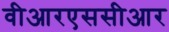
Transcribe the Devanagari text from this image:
वीआरएससीआर